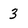
Character: 3